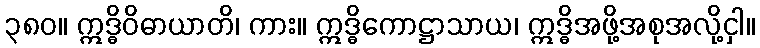
၃၈၀။ ဣဒ္ဓိဝိဓာယာတိ၊ ကား။ ဣဒ္ဓိကောဋ္ဌာသာယ၊ ဣဒ္ဓိအဖို့အစုအလို့ငှါ။